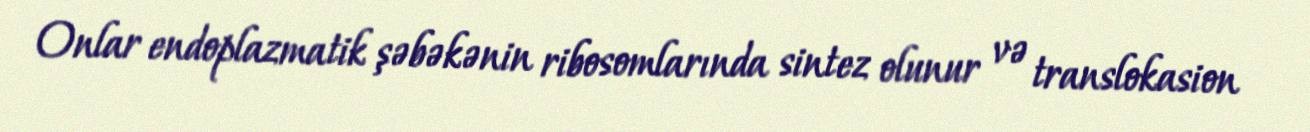
Onlar endoplazmatik şəbəkənin ribosomlarında sintez olunur və translokasion